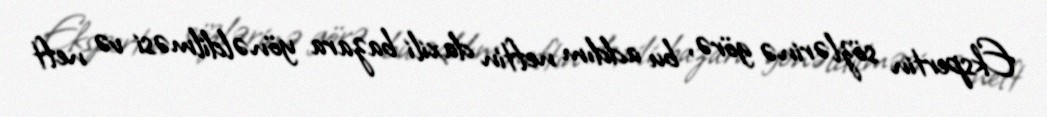
Ekspertin sözlərinə görə, bu addım neftin daxili bazara yönəldilməsi və neft